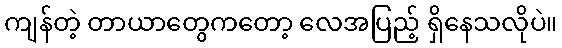
ကျန်တဲ့ တာယာတွေကတော့ လေအပြည့် ရှိနေသလိုပဲ။